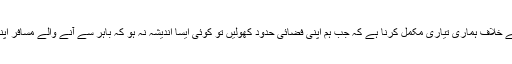
انہوں نے کہا کہ ان تمام پابندیوں کا مقصد کورونا وائرس کے خلاف ہماری تیاری مکمل کرنا ہے کہ جب ہم اپنی فضائی حدود کھولیں تو کوئی ایسا اندیشہ نہ ہو کہ باہر سے آنے والے مسافر اپنے ساتھ وائرس لا رہے ہیں اور پھیلاؤ کا ذریعہ بن رہے ہو۔